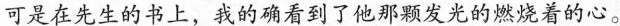
可是在先生的书上，我的确看到了他那颗发光的燃烧着的心。